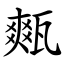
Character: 㼽